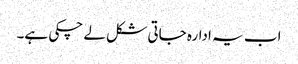
اب یہ ادارہ جاتی شکل لے چکی ہے۔